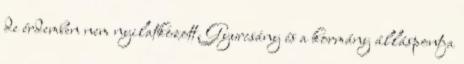
de érdemben nem nyilatkozott. Gyurcsány és a kormány álláspontja